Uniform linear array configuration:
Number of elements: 64
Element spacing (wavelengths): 0.25
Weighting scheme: cosine
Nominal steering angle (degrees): -60
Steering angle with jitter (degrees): -60.734
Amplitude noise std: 0.05
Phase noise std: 0.05

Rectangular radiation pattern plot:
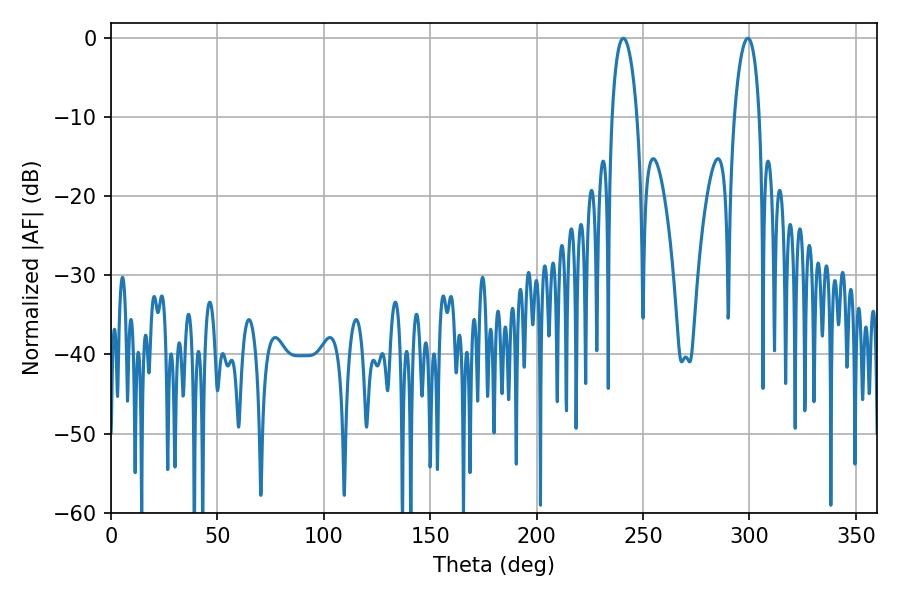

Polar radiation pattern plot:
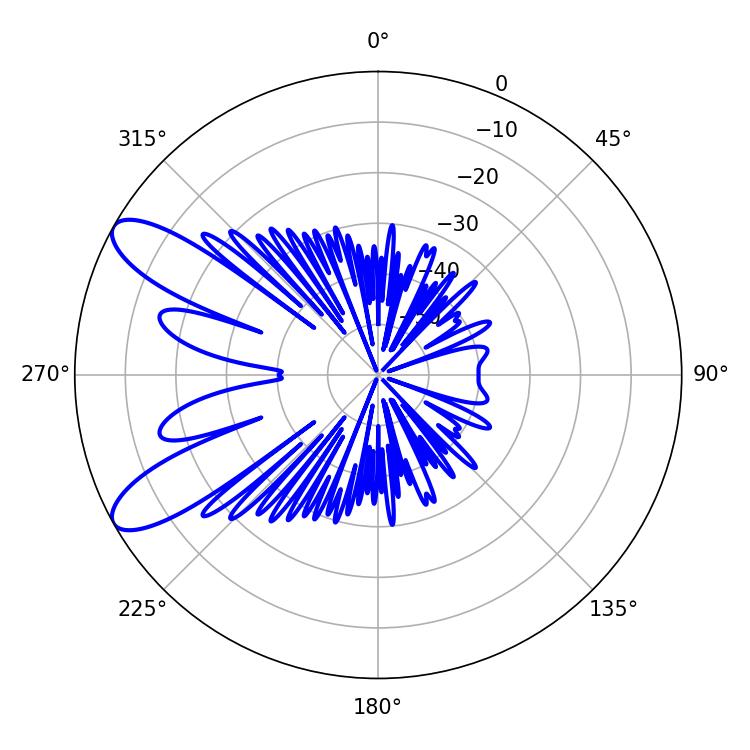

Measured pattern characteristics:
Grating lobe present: FALSE
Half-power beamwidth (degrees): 6.66
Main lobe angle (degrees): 240.66